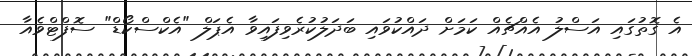
އެ ގޮތުގައި އަސްލު އެއްޗެއް ކަމަށް ދައްކުވައި ބަދަލުކުރެވިފައިވާ އެޕަލް "އެކްސްކޯޑް" ސޮފްޓްވެއާ